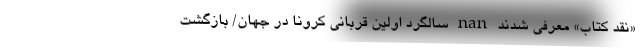
«نقد کتاب» معرفی شدند nan سالگرد اولین قربانی کرونا در جهان/ بازگشت